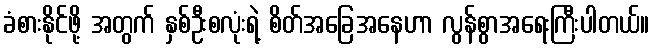
ခံစားနိုင်ဖို့ အတွက် နှစ်ဦးစလုံးရဲ့ စိတ်အခြေအနေဟာ လွန်စွာအရေးကြီးပါတယ်။